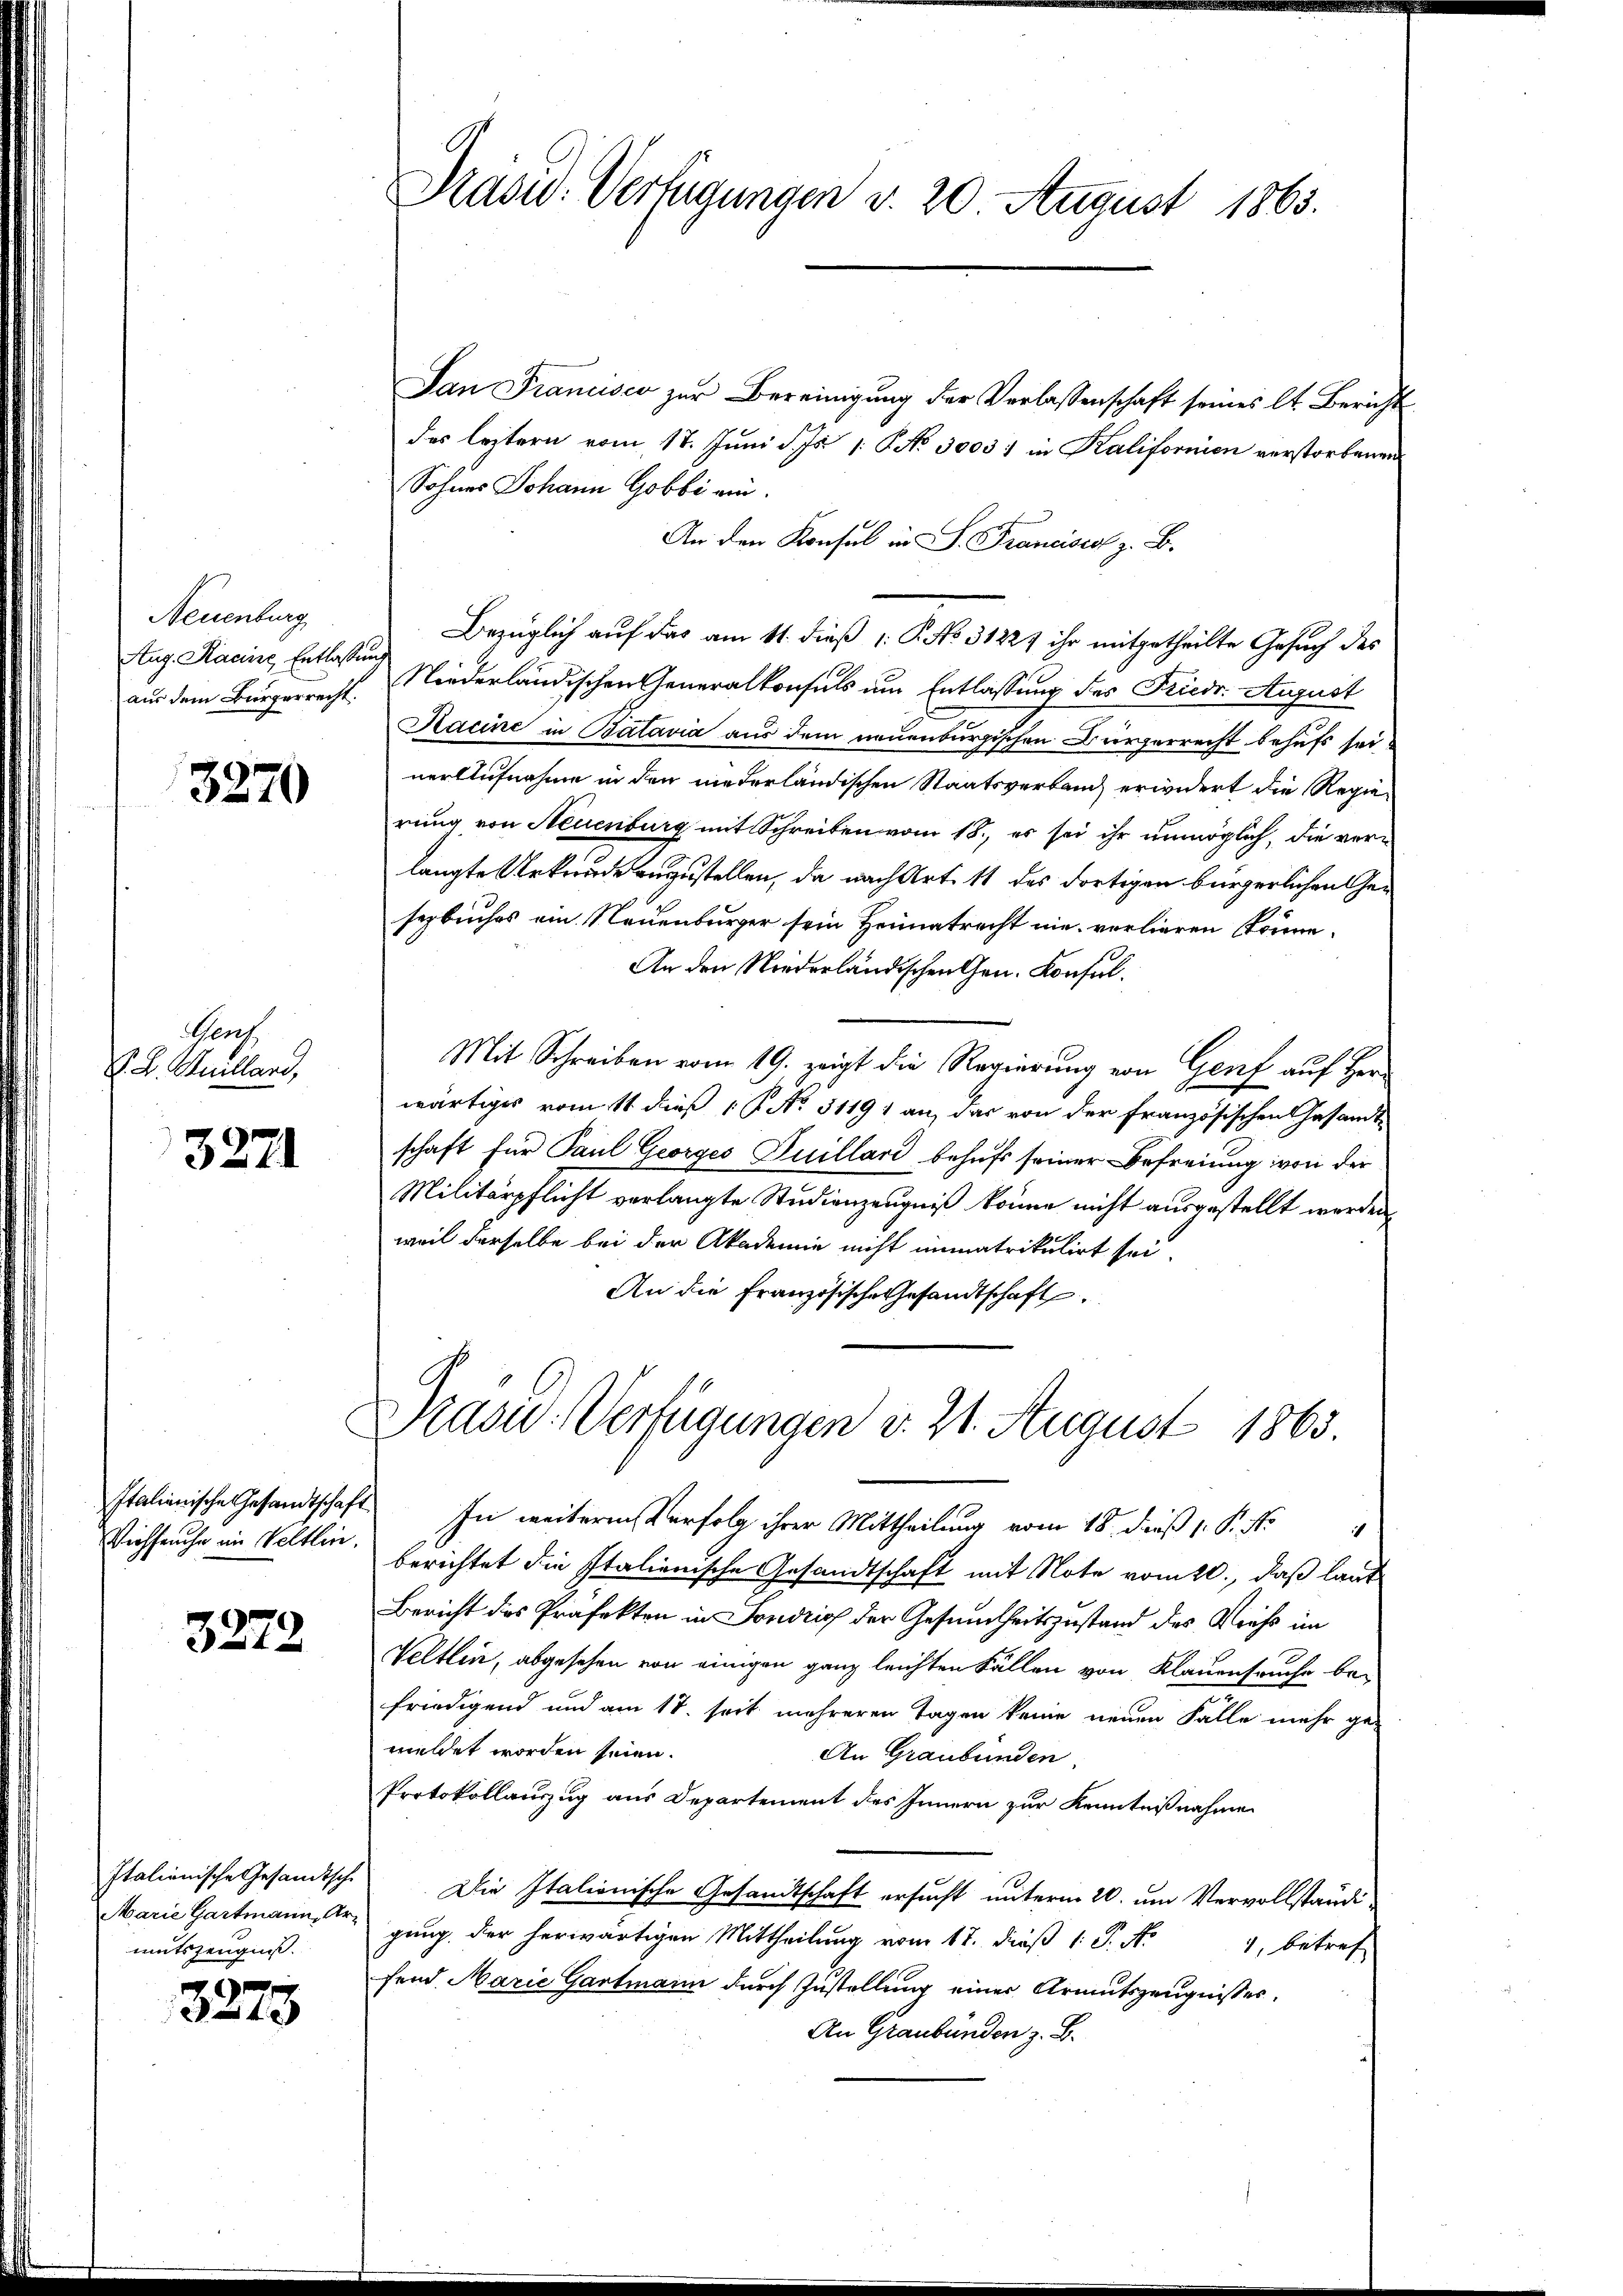
Neuenburg
Aug. Racine Entlassung

3870

Genf
V. B. Quillard,

3271

Viehseuche im Veltlin.

3272

Marie Gartmann, Armutszeugniß.

3273

San Francisco zur Bereinigung der Verlassenschaft seines lt. Bericht
des leztern vom 17. Juni d. Js. 1. P. No 3003) in Kalifornien verstorbenen
Sohnes Johann Gobbi ein.
An den Konsul in S. Franciscol z. B.
Bezüglich auf das am 11. dieß P. P. No. 31821 ihr mitgetheilte Gesuch des
aus dem Bürgerrecht. Niederländischen Generalkonsuls um Entlassung des Kriedr. August
Kacine in Batavia aus dem neuenburgischen Bürgerrecht behufs seiner Aufnahme in den niederländischen Staatsverband erwidert die Regierung von Neuenburg mit Schreiben vom 18., es sei ihr unmöglich, die verlangte Urkunde zuzustellen, da nach Art. 11 des dortigen bürgerlichen Gesezbuches ein Neuenburger sein Heimatrecht nie vorlieren könne.
An den Niederländischen Gen. Konsul.
Mit Schreiben vom 19. zeigt die Regierung von Genf auf Herwärtiges vom 11. dieß 17. No. 51191 an, das von der französischen Gesandt-
schaft für Paul Georges Juillard behufs seiner Befreiung von der
Militärpflicht verlangte Studienzeugniß könne nicht ausgestellt werden
weil derselbe bei der Akademie nicht immatrikulirt sei,
An die Französische Gesandtschaft.
Kasu Verfügungen d. 21. August 1865.
Italienische Gesandtschaft. In weiteren Verfolg ihrer Mittheilung vom 18. dieß 1. P. Nr
berichtet die Italienische Gesandtschaft mit Note vom 20., daß laut
Bericht des Präfekten in Sondrich der Gesundheitszustand des Vieh im
Veltlin, abgesehen von einigen ganz leichten Fällen von Klauenseuche befriedigend und am 17. seit mehreren Tagen keine neuen Fälle mehr ge-
meldet worden seien.
An Graubünden.
Protokollauszug aus Departement des Innern zur Kenntnißnahme
Italienische Gesandtsche Die Italionische Gesandtschaft ersucht unterm 20. um Vervollständi
gung der herwärtigen Mittheilung vom 17. dieß 1 S. Nr. 4, betref-
fend Marie Gartmann durch Zustellung einer Armutszeugnisses.
An Graubünden z. B.

Radw. Verfügungen v. 20 August 1863.